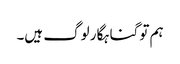
ہم تو گناہگار لوگ ہیں۔